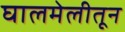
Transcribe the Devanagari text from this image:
घालमेलीतून